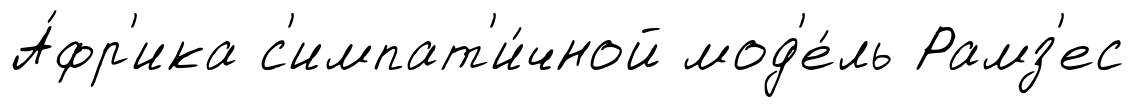
А́фр'ика с'импат'и́чной мод'е́ль Рамз'ес